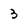
Character: 3